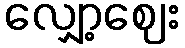
လျှော့ဈေး